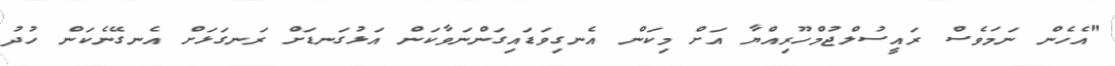
"އެހެން ނަމަވެސް ރައީސުލްޖުމްހޫރިއްޔާ އަށް މިކަން އެނގިވަޑައިގަންނަވާކަން އަޅުގަނޑަށް ރަނގަޅަށް އެނގޭނެކަން ހުދު